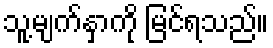
သူ့မျက်နှာကို မြင်ရသည်။